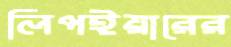
লিপইয়ারের